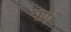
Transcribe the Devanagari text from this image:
पार्प